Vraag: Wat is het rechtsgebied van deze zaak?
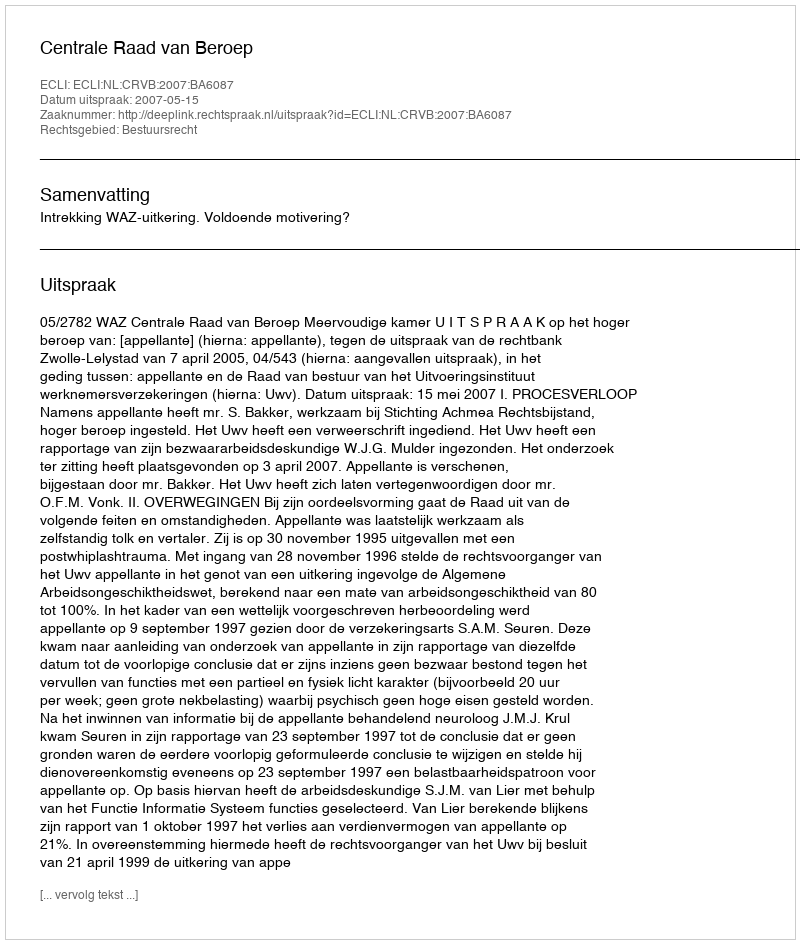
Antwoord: Bestuursrecht